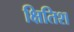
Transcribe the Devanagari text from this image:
क्षितिश